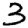
Digit: 3